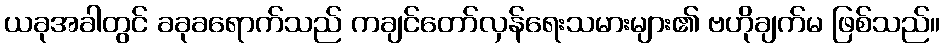
ယခုအခါတွင် ခခုခရောက်သည် ကချင်တော်လှန်ရေးသမားများ၏ ဗဟိုချက်မ ဖြစ်သည်။